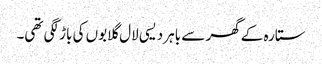
ستارہ کے گھر سے باہر دیسی لال گلابوں کی باڑ لگی تھی۔